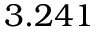
3 . 2 4 1